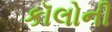
કૉલોની